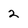
Character: 2